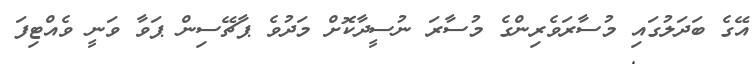
އޭގެ ބަދަލުގައި މުސާރަވެރިންގެ މުސާރަ ނުސީދާކޮށް މަދުވެ ޕާޗޭސިން ޕަވާ ވަނީ ވެއްޓިފަ